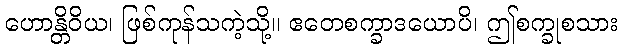
ဟောန္တိဝိယ၊ ဖြစ်ကုန်သကဲ့သို့။ ဧတေစက္ခာဒယောပိ၊ ဤစက္ခုစသား